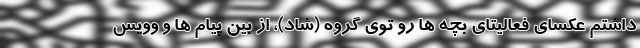
داشتم عکسای فعالیتای بچه ها رو توی گروه (شاد)، از بین پیام ها و وویس